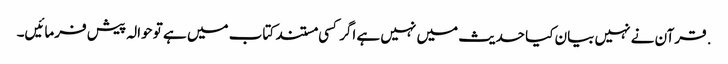
. قرآن نے نہیں بیان کیا حدیث میں نہیں ہے اگر کسی مستند کتاب میں ہے تو حوالہ پیش فرمائیں۔